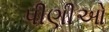
પીણીઓ